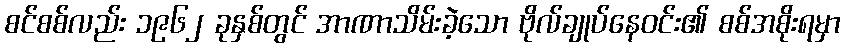
စင်စစ်လည်း ၁၉၆၂ ခုနှစ်တွင် အာဏာသိမ်းခဲ့သော ဗိုလ်ချုပ်နေဝင်း၏ စစ်အစိုးရမှာ